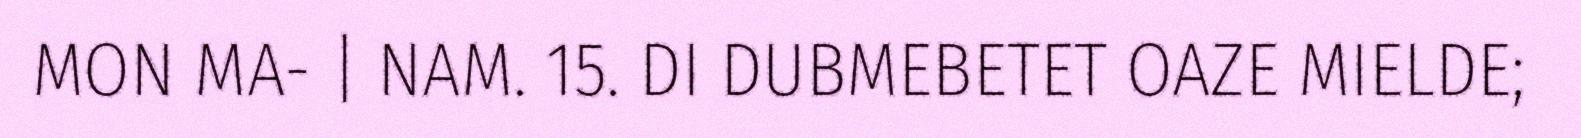
MON MA- | NAM. 15. DI DUBMEBETET OAZE MIELDE;